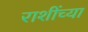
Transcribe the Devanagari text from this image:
राशींच्या